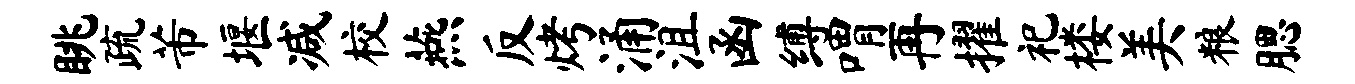
眺疏芾堰减校燕反烤涌沮函缚喟再擢祀楼美粮腮